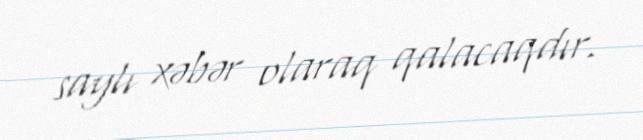
saylı xəbər olaraq qalacaqdır.